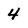
Character: 4